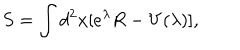
LaTeX: S = \int d ^ { 2 } x [ e ^ { \lambda } R - V ( \lambda ) ] ,